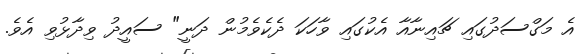
އެ މަގްސަދުގައި ޗައިނާއާ އެކުގައި ވާހަކަ ދެކެވެމުން ދަނީ" ސައީދު ވިދާޅުވި އެވެ.